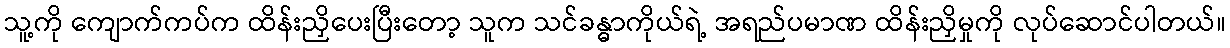
သူ့ကို ကျောက်ကပ်က ထိန်းညှိပေးပြီးတော့ သူက သင်ခန္ဓာကိုယ်ရဲ့ အရည်ပမာဏ ထိန်းညှိမှုကို လုပ်ဆောင်ပါတယ်။